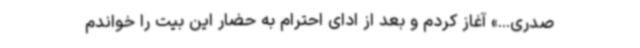
صدری...» آغاز کردم و بعد از ادای احترام به حضار این بیت را خواندم